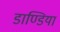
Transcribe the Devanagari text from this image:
डाण्डिया